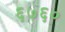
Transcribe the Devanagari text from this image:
६७६०